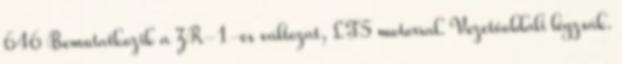
646 Bemutatkozik a ZR-1-es változat, LT5 motorral. Vezetőoldali légzsák.